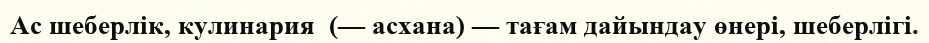
Ас шеберлік, кулинария  (— асхана) — тағам дайындау өнері, шеберлігі.